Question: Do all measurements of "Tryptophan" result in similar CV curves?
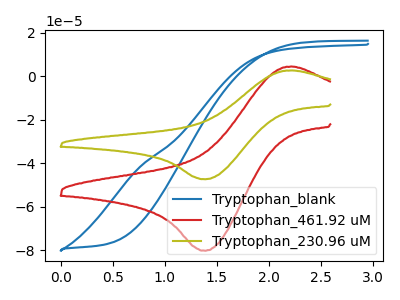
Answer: <think>The blue curve "Tryptophan_blank" has no peaks. The red curve "Tryptophan_461.92 uM" has an anodic peak at (2.20V, 4.35uA) and a cathodic peak at (1.40V, -80.30uA). The olive curve "Tryptophan_230.96 uM" has an anodic peak at (2.20V, 2.60uA) and a cathodic peak at (1.40V, -47.45uA).
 "Tryptophan_blank" and "Tryptophan_461.92 uM" have a different number of peaks. "Tryptophan_blank" and "Tryptophan_230.96 uM" have a different number of peaks. All the peaks in "Tryptophan_461.92 uM" have a peak in "Tryptophan_230.96 uM" at the same potential. Every peak in "Tryptophan_461.92 uM" is higher than every peak in "Tryptophan_230.96 uM".</think>
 <answer>All the CV's of "Tryptophan" have similar shape.</answer>
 <eval>follow_rule</eval>